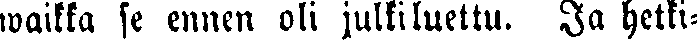
waikka se ennen oli julkiluettu. Ja hetki-